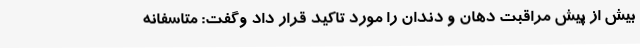
بیش از پیش مراقبت دهان و دندان را مورد تاکید قرار داد وگفت: متاسفانه